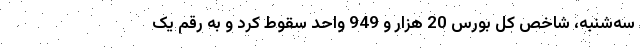
‌‌‌سه‌شنبه، شاخص کل بورس 20 هزار و 949 واحد سقوط کرد و به رقم یک